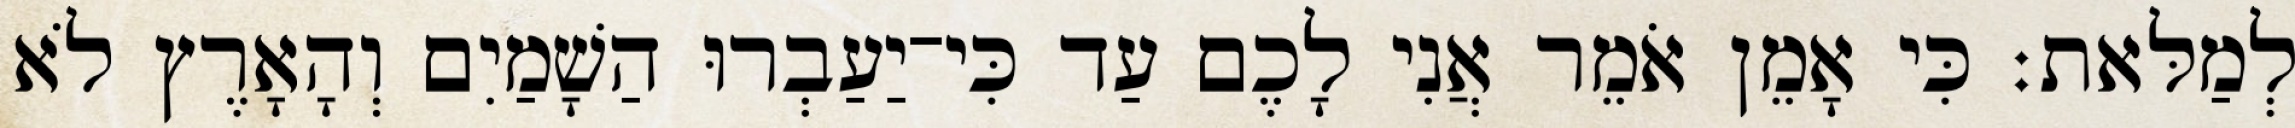
לְמַלּאת׃ כִּי אָמֵן אֹמֵר אֲנִי לָכֶם עַד כִּי־יַעַבְרוּ הַשָׁמַיִם וְהָאָרֶץ לֹא